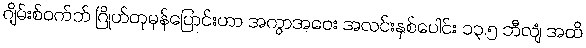
ဂျိမ်းစ်ဝက်ဘ် ဂြိုဟ်တုမှန်ပြောင်းဟာ အကွာအဝေး အလင်းနှစ်ပေါင်း ၁၃.၅ ဘီလျံ အထိ